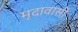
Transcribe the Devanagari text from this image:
मृदावासी